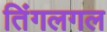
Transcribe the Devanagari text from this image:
तिंगलगल